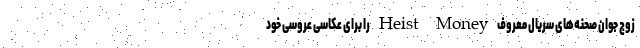
زوج جوان صحنه‌های سریال معروف Heist Money را برای عکاسی عروسی خود